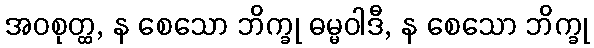
အဝစုတ္ထ, န စေသော ဘိက္ခု ဓမ္မဝါဒီ, န စေသော ဘိက္ခု